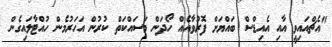
"އެޗްއައިވީ އާއި އެއިޑްސް ބައްޔަށް ފޮރުވާއެއް ހޯދަން މަސައްކަތް ކުރުން އަހަރުމެން ހުއްޓާލައިގެން